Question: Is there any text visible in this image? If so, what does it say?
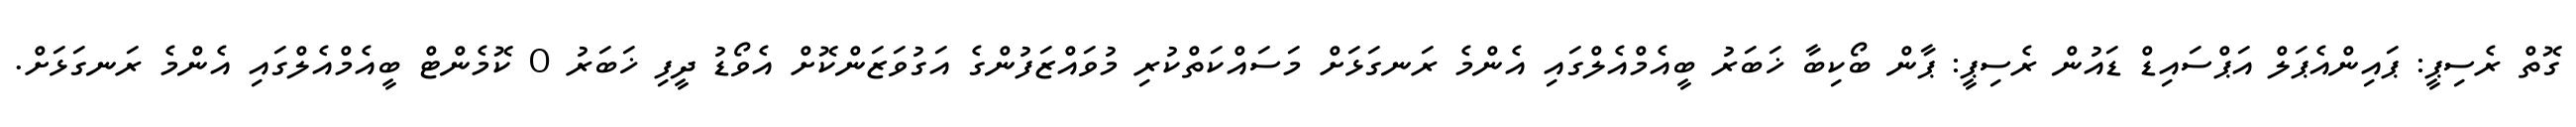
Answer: ގޮތް ރެސިޕީ: ޕައިންއެޕަލް އަޕްސައިޑް ޑައުން ރެސިޕީ: ޕާން ބޯކިބާ ޚަބަރު ބީއެމްއެލްގައި އެންމެ ރަނގަޅަށް މަސައްކަތްކުރި މުވައްޒަފުންގެ އަގުވަޒަންކޮށް އެވޯޑު ދީފި ޚަބަރު 0 ކޮމެންޓް ބީއެމްއެލްގައި އެންމެ ރަނގަޅަށް.